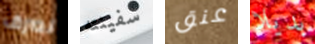
نصرف سفينته عنق بديلا